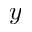
y